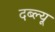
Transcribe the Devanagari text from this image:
दब्ल्यू